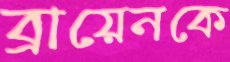
ব্রায়েনকে